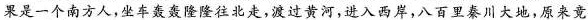
果是一个南方人,坐车轰轰隆隆往北走,渡过黄河,进入西岸,八百里奏川大地,原来竟